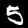
Label: 5